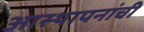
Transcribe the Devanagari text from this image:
आस्थापनांची